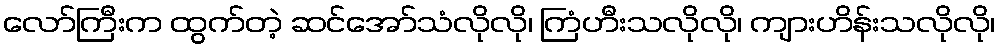
လော်ကြီးက ထွက်တဲ့ ဆင်အော်သံလိုလို၊ ကြံဟီးသလိုလို၊ ကျားဟိန်းသလိုလို၊